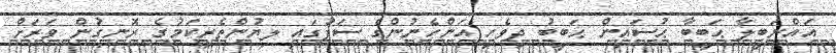
އައްނަބީލާ ޙަބީބާ ޙުސައިން ޙަބީބު ދިވެހި އަންހެނުންގެ ސަފުގައި ލިޔުންތެރިކަމުގެ ރޮނގުން ވަރަށް